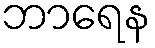
ဘာရေန